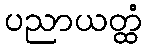
ပညာယတ္ထံ